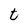
Character: t